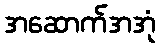
အဆောက်အအုံ